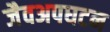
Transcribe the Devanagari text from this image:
जैवअपघटन